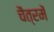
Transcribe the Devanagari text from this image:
चैत्रमें